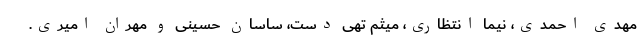
مهدی احمدی، نیما انتظاری، میثم تهی دست، ساسان حسینی و مهران امیری.